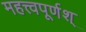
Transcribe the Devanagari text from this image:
महत्त्वपूर्णश्